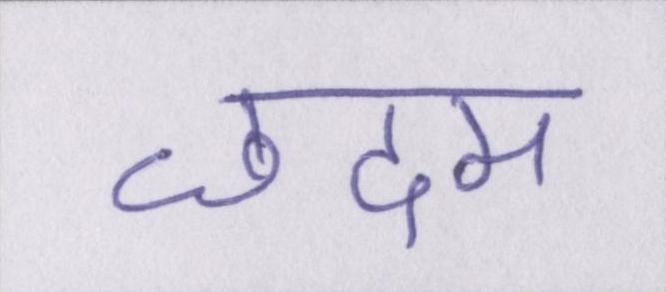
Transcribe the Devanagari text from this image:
छदम